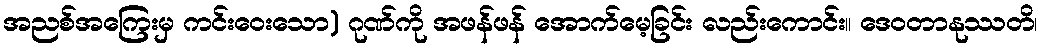
အညစ်အကြေးမှ ကင်းဝေးသော) ဂုဏ်ကို အဖန်ဖန် အောက်မေ့ခြင်း လည်းကောင်း။ ဒေဝတာနုဿတိ၊